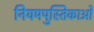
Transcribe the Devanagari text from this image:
नियमपुस्तिकाओं